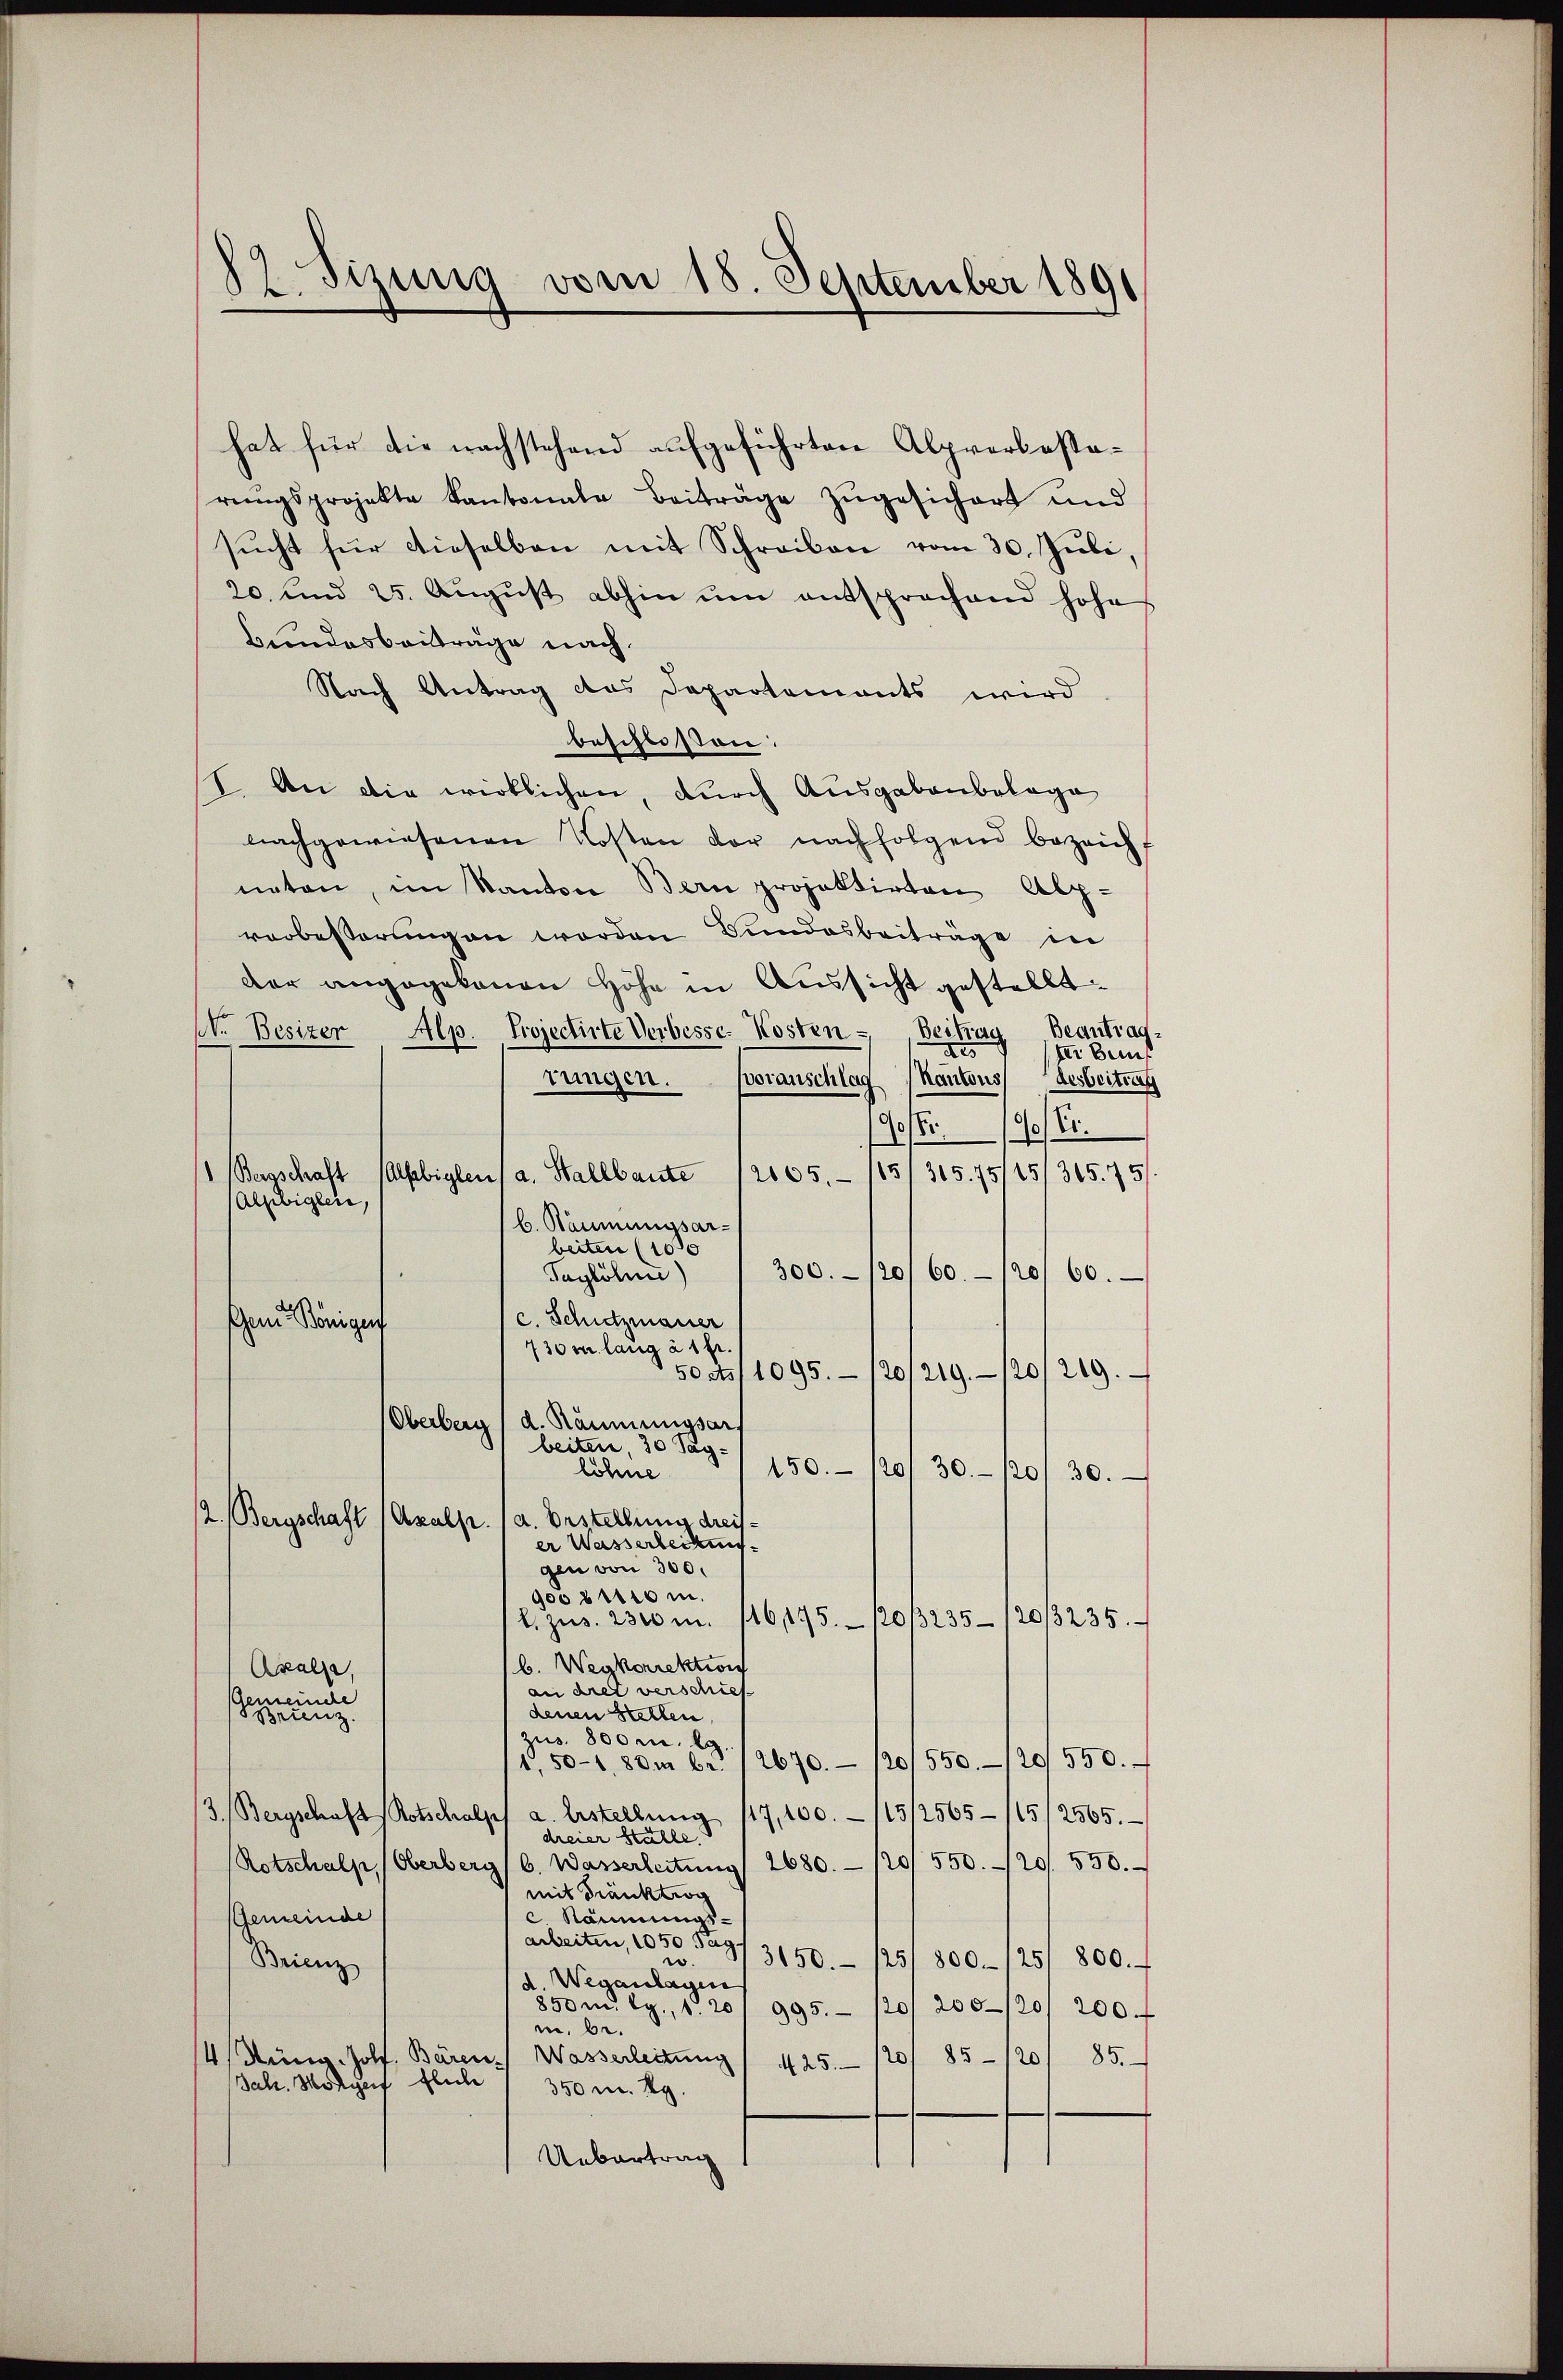
12 sizung vom 18. September 1891

hat für die nachstehend aufgeführten Alpverkassarŭngsprojekte kantonale Beiträge zŭgesichert und
sŭcht für dieselben mit Schreiben vom 30. Jŭli,
20. und 25. Aŭgŭst abhin ŭm entsprochend hohe
Bundesbeiträge nach.
Nach Antrag des Departements wird
beschlossen:
1. An die wirklichen, durch Ausgabenbelage
nachgewiesenen Kosten der nachfolgend bezeicht
naten, im Kanton Bern projektirten Alp-
vorbesserungen worden Bundesbeiträge in
der angegebenen Höhe in Aussicht gestellt
Beantrag
Beitrag
Nr. Besizer Alp. Projectirte Verbesse. Kosten -
des
In Beruf
rungen. Voranschlag kantons,
desbeitrag
90/
190/ Ei.
Alfbigten a. Hallbaute 12005. 1851 305. 75/25/365. 751.
Bergschaft
Alpbigten,
b. Räumungsarbeiten (100
300./20/60/2060.
Taglöhni)
c. Schutzmauer
sem Königen
730 m lang à 1 Fr.
50 Ast 1095. 120/219/20/219.
Oberberg (d. Räumungsart
beiten, 30 Tag-
150. 120 30-120/ 30.
löhne
2. Bergschaft (Axalp. (a. Erstellung dreiser Wasserbeckung
gen von 300.
goosition.
2. zus. 2300 m. 116175. 120/3235-120/3235.
b. Wegkorrektion
Axalse,
an diret verschiet
Gemeinche
denen Stellen,
Brienz.
zus 800 m. E.
1,50-180m br. 12670. 1201550-120/550.
3. Bergschaft Rotschalp a. Erstellŭng 117, 100.- /15/2565-115/2565.
dreier Ställe,
20/ 550./20. 550.
Rotschalp (Oberberg, C. Wasserleitung 2680.
mit Franktion
Gemeinde
c Räumungsarbeiten, 1050 Tag
w
25/ 800.- (25/ 800.
3150.
Brienz
d. Weganlagen
850 m lg., 1. 201 995. 120/200/20/ 200.
i, be¬
4/ Küng Holf, Bären. Wasserleitŭng / 425. 120/ 85/20/ 85.
Jak. Morgen fliche
350 m. Rg.
Uebertrag